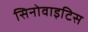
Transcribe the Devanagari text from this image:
सिनोवाइटिस